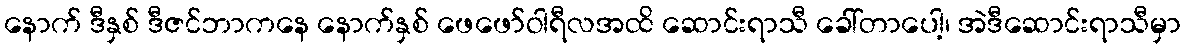
နောက် ဒီနှစ် ဒီဇင်ဘာကနေ နောက်နှစ် ဖေဖော်ဝါရီလအထိ ဆောင်းရာသီ ခေါ်တာပေါ့၊ အဲဒီဆောင်းရာသီမှာ